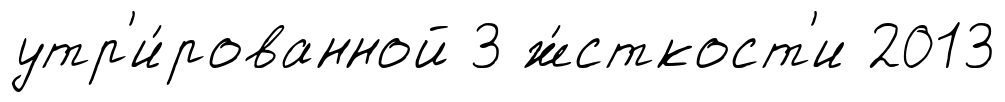
утр'и́рованной 3 ж́сткост'и 2013